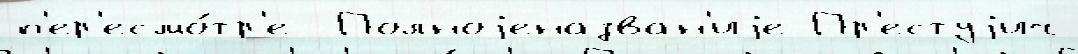
п'ер'есмо́тр'е  Полноjеназван'иjе Пр'естуjич